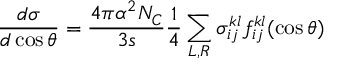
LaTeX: \frac { d \sigma } { d \cos \theta } = \frac { 4 \pi \alpha ^ { 2 } N _ { \cal C } } { 3 s } \frac { 1 } { 4 } \sum _ { L , R } \sigma _ { i j } ^ { k l } f _ { i j } ^ { k l } ( \cos \theta )